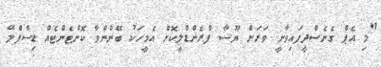
"މި އެޕް ގެނެސްދީފައިވާނީ ވަރަށް ޔޫސާ ފްރެންޑްލީކޮށް އެމީހަކު ބޭނުންވާ ކޮންޓެންޓެއް ޑިސްޕްލޭ